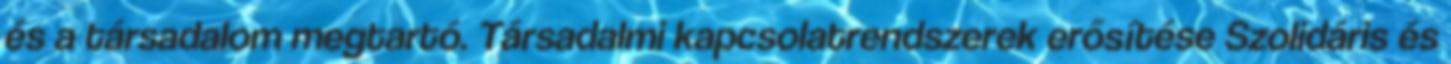
és a társadalom megtartó. Társadalmi kapcsolatrendszerek erősítése Szolidáris és